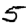
Digit: 5